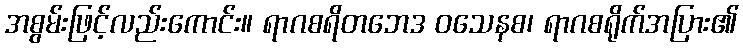
အစွမ်းဖြင့်လည်းကောင်း။ ရာဂစရိတဘေဒ ဝသေနစ၊ ရာဂစရိုက်အပြား၏